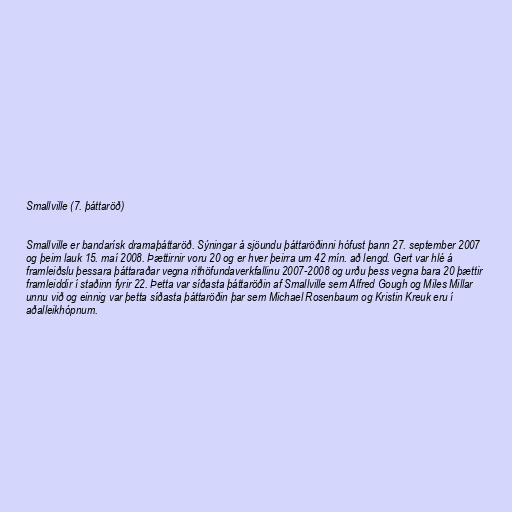
Smallville (7. þáttaröð)

Smallville er bandarísk dramaþáttaröð. Sýningar á sjöundu þáttaröðinni hófust þann 27. september 2007
og þeim lauk 15. maí 2008. Þættirnir voru 20 og er hver þeirra um 42 mín. að lengd. Gert var hlé á
framleiðslu þessara þáttaraðar vegna rithöfundaverkfallinu 2007-2008 og urðu þess vegna bara 20 þættir
framleiddir í staðinn fyrir 22. Þetta var síðasta þáttaröðin af Smallville sem Alfred Gough og Miles Millar
unnu við og einnig var þetta síðasta þáttaröðin þar sem Michael Rosenbaum og Kristin Kreuk eru í
aðalleikhópnum.